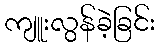
ကျူးလွန်ခဲ့ခြင်း